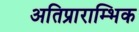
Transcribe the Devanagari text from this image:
अतिप्राराम्भिक